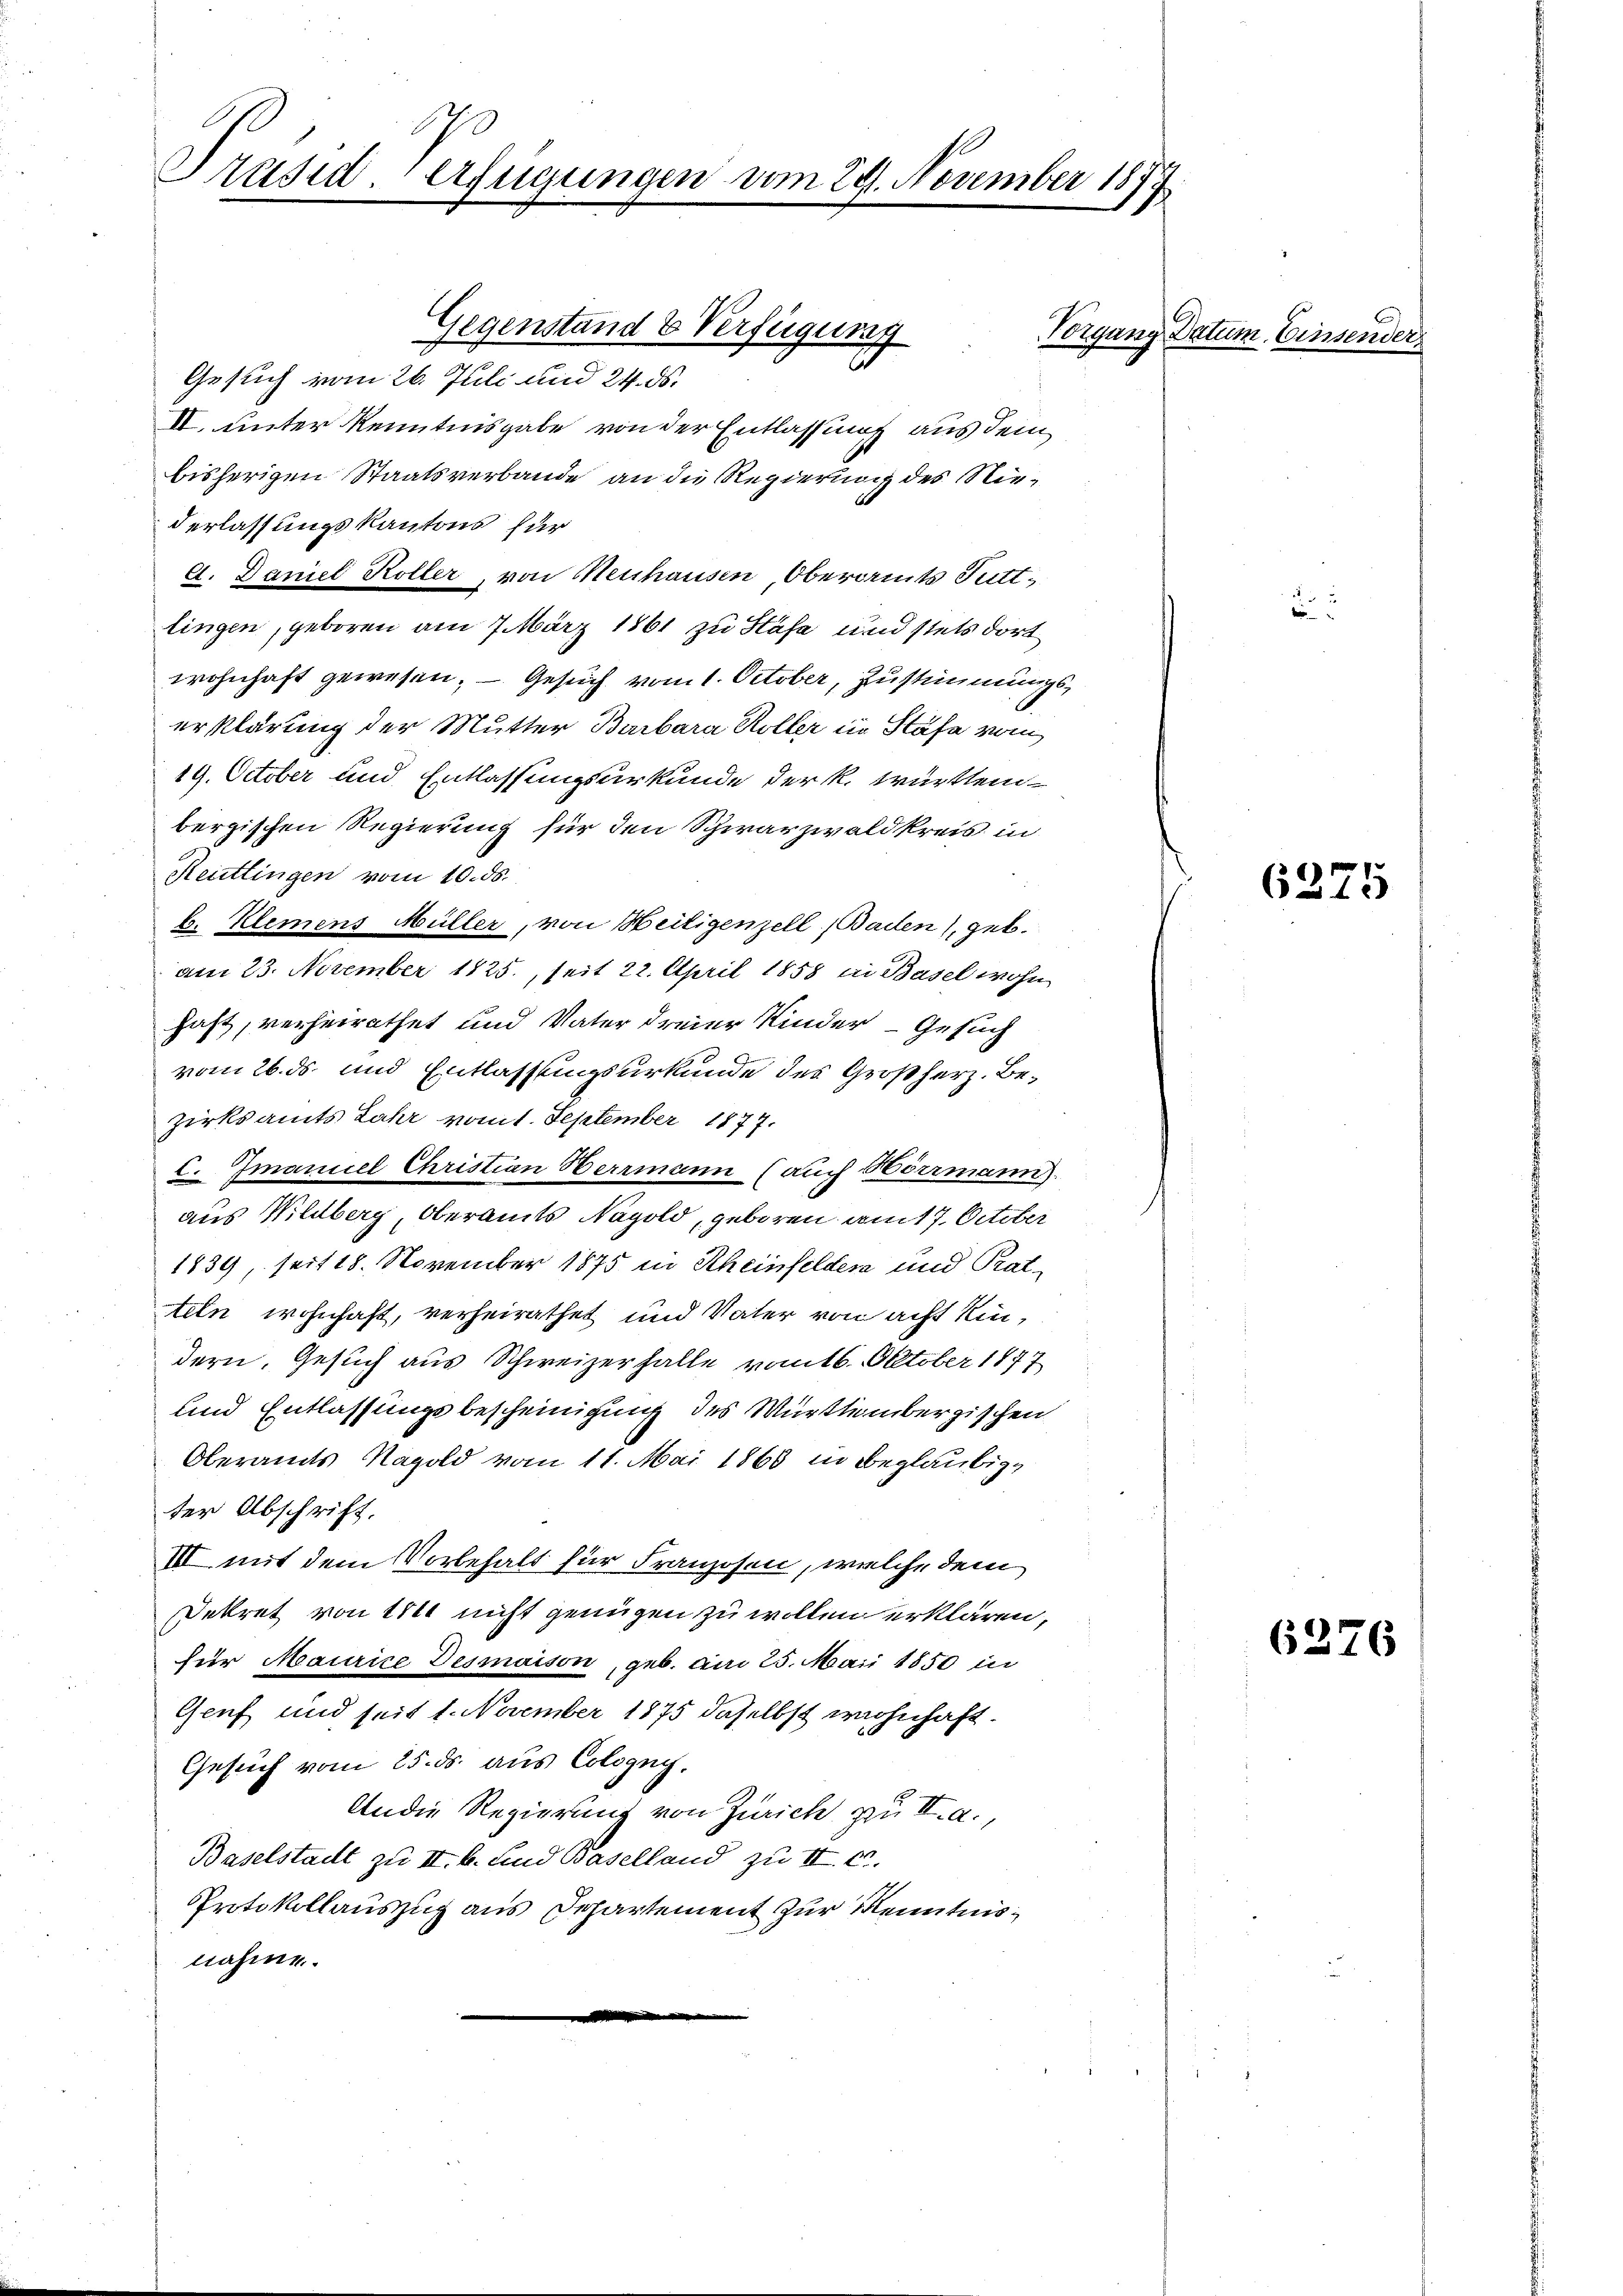
Präsid. erfügungen vom 29. November 1877

Gesuch vom 26. Juli und 24. ds.
II. unter Kenntnisgabe von der Entlassung aus dem
bisherigen Staatsverbande an die Regierung des Niederlassungskantons für
d. Daniel Koller, von Neuhausen, Oberamts Tuttlingen, geboren am 7. März 1861 zu Sahe und stets dort
wohnhaft gewesen; — Gesuch vom 1. October, Zustimmungserklärung der Mutter Barbara Röller in Stäfa vom
19. October und Entlassungsurkunde der K. Württembergischen Regierung für den Schwarzwaldkreis in
Reitlingen vom 10. ds.
b. Klemens Müller, von Heitigenzell (Baden, geb.
am 23. November 1825., seit 22. April 1858 in Basel wohn
hast, verheirathet und Vater dreier Kinder Gesuch
vom 26. ds. und Entlassungsurkunde des Großherz. Bezirksamts Jahr vom 1. September 1877.
C. Imaniel Christian Herrmann (auch Hörrmann.
aus Wildberg, Oberamts Napold, geboren am 17. October
1839, seit 18. November 1875 in Rheinfeldes und Pratteln wohnhaft, verheirathet und Vater von acht Eindern. Gesuch aus Schweizerhalle vom 16. Oktober 1877
und Entlassungsbescheinigung des Württembergischen
Oberamts Napold vom 11. Mai 1860 in Beglaubige
ter Abschrift.
III mit dem Vorbehalt für Franzosen, welche dem
Dekret von 111 nicht genügen zu wollen erklären,
für Maurice Desmaison, geb. am 25. Mai 1850 in
Genf und seit 1. November 1875 daselbst wohnhaft.
Gesuch vom 25. ds. aus Cologny.
An die Regierung von Zürich zu II. a.,
Baselstadt zu III. b. und Baselland zu II. c.
Protokollauszug aus Departement zur Kenntnisnahme.

Gegenstand & Verfügung

Vorgang Datum, Einsender

6275

6276